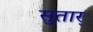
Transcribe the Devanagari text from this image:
सुतार्